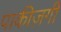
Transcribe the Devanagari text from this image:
पाकीज़गी